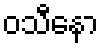
ဝသီနော